General report no. 6 on the lunatic asylums, vaccination and dispensaries in the Bengal Presidency, 1873 -
Year: 1873
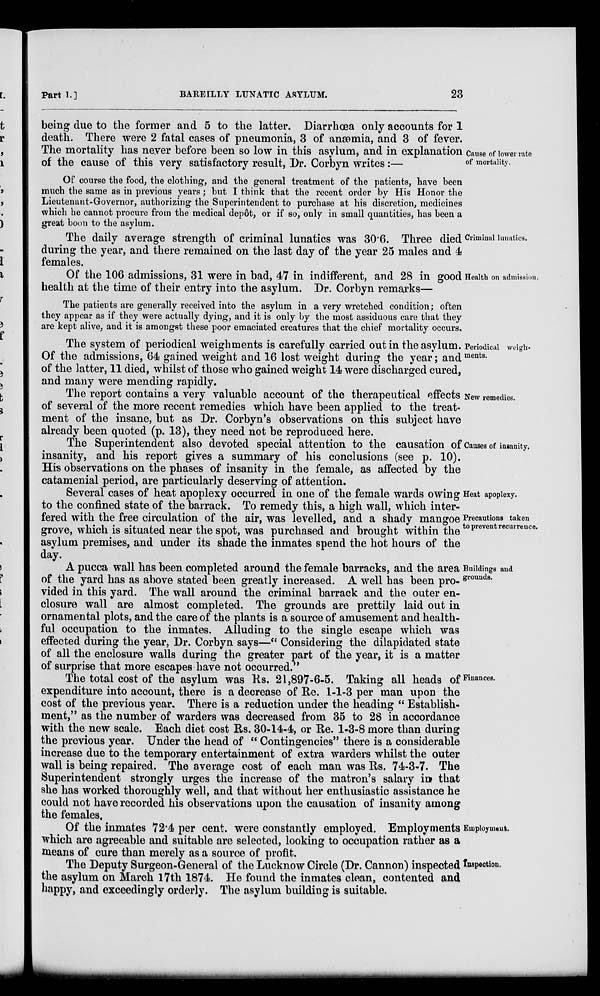
Part 1.]
BAREILLY LUNATIC ASYLUM.
23
being due to the former and 5 to the latter. Diarrhœa only accounts for 1
death. There were 2 fatal cases of pneumonia, 3 of anæmia, and 3 of fever.
Cause of lower rate
of mortality.
The mortality has never before been so low in this asylum, and in explanation
of the cause of this very satisfactory result, Dr. Corbyn writes:—
Of course the food, the clothing, and the general treatment of the patients, have been
much the same as in previous years; but I think that the recent order by His Honor the
Lieutenant-Governor, authorizing the Superintendent to purchase at his discretion, medicines
which he cannot procure from the medical depôt, or if so, only in small quantities, has been a
great boon to the asylum.
Criminal lunatics.
The daily average strength of criminal lunatics was 30.6. Three died
during the year, and there remained on the last day of the year 25 males and 4
females.
Health on admission.
Of the 106 admissions, 31 were in bad, 47 in indifferent, and 28 in good
health at the time of their entry into the asylum. Dr. Corbyn remarks—
The patients are generally received into the asylum in a very wretched condition; often
they appear as if they were actually dying, and it is only by the most assiduous care that they
are kept alive, and it is amongst these poor emaciated creatures that the chief mortality occurs.
Periodical weigh-
ments.
The system of periodical weighments is carefully carried out in the asylum.
Of the admissions, 64 gained weight and 16 lost weight during the year; and
of the latter, 11 died, whilst of those who gained weight 14 were discharged cured,
and many were mending rapidly.
New remedies.
The report contains a very valuable account of the therapeutical effects
of several of the more recent remedies which have been applied to the treat-
ment of the insane, but as Dr. Corbyn's observations on this subject have
already been quoted (p. 13), they need not be reproduced here.
Causes of insanity.
The Superintendent also devoted special attention to the causation of
insanity, and his report gives a summary of his conclusions (see p. 10).
His observations on the phases of insanity in the female, as affected by the
catamenial period, are particularly deserving of attention.
Heat apoplexy.
Precautions taken
to prevent recurrence.
Several cases of heat apoplexy occurred in one of the female wards owing
to the confined state of the barrack. To remedy this, a high wall, which inter-
fered with the free circulation of the air, was levelled, and a shady mangoe
grove, which is situated near the spot, was purchased and brought within the
asylum premises, and under its shade the inmates spend the hot hours of the
day.
Buildings and
grounds.
A pucca wall has been completed around the female barracks, and the area
of the yard has as above stated been greatly increased. A well has been pro-
vided in this yard. The wall around the criminal barrack and the outer en-
closure wall are almost completed. The grounds are prettily laid out in
ornamental plots, and the care of the plants is a source of amusement and health-
ful occupation to the inmates. Alluding to the single escape which was
effected during the year, Dr. Corbyn says—" Considering the dilapidated state
of all the enclosure walls during the greater part of the year, it is a matter
of surprise that more escapes have not occurred."
Finances.
The total cost of the asylum was Rs. 21,897-6-5. Taking all heads of
expenditure into account, there is a decrease of Re. 1-1-3 per man upon the
cost of the previous year. There is a reduction under the heading " Establish-
ment," as the number of warders was decreased from 35 to 28 in accordance
with the new scale. Each diet cost Rs. 30-14-4, or Re. 1-3-8 more than during
the previous year. Under the head of " Contingencies" there is a considerable
increase due to the temporary entertainment of extra warders whilst the outer
wall is being repaired. The average cost of each man was Rs. 74-3-7. The
Superintendent strongly urges the increase of the matron's salary in that
she has worked thoroughly well, and that without her enthusiastic assistance he
could not have recorded his observations upon the causation of insanity among
the females.
Employment.
Of the inmates 72.4 per cent. were constantly employed. Employments
which are agreeable and suitable are selected, looking to occupation rather as a
means of cure than merely as a source of profit.
Inspection.
The Deputy Surgeon-General of the Lucknow Circle (Dr. Cannon) inspected
the asylum on March 17th 1874. He found the inmates clean, contented and
happy, and exceedingly orderly. The asylum building is suitable.